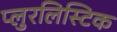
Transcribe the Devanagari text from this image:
प्लुरलिस्टिक